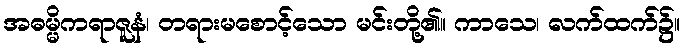
အဓမ္မိကရာဇူနံ၊ တရားမစောင့်သော မင်းတို့၏။ ကာသေ၊ လက်ထက်၌။